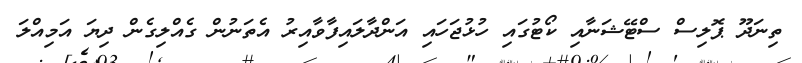
ތިނަދޫ ޕޮލިސް ސްޓޭޝަނާއި ކޯޓުގައި ހުޅުޖަހައި އަންދާލައިފާވާއިރު އެތަނުން ގެއްލިގެން ދިޔަ އަމިއްލަ